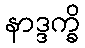
နာဒ္ဒက္ခိ